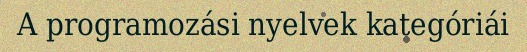
A programozási nyelvek kategóriái